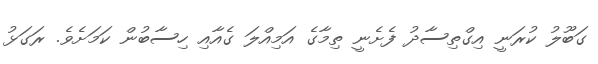
ގަބޫލު ކުރަނީ އިގްތިސާދު ފެށެނީ ތިމާގެ އަމިއްލަ ގެއާއި ހިސާބުން ކަމަށެވެ. ރަގަޅު